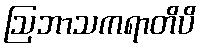
ဩဘာသကရာတိပိ